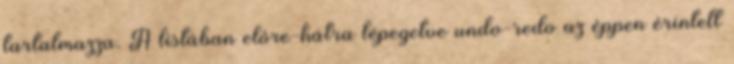
tartalmazza. A listában elôre-hátra lépegetve undo-redo az éppen érintett